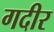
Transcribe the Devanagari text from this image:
गदीर